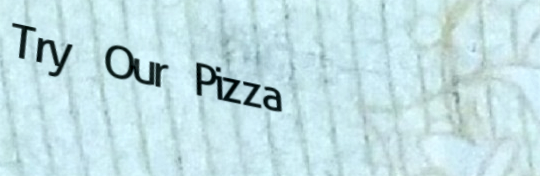
Try Our Pizza